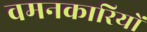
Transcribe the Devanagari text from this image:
वमनकारियों